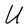
Character: U